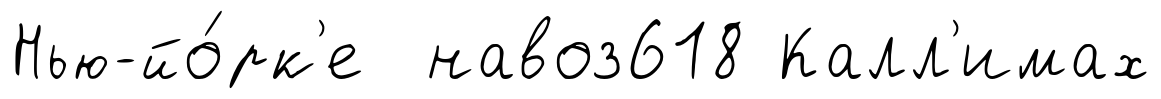
Нью-йо́рк'е навоз618 Калл'имах